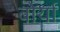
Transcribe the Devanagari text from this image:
बोर्या